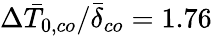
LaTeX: \Delta\bar{T}_{0,co}/\bar{\delta}_{co}=1.76